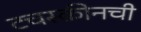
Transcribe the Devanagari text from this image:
टचस्क्रीनची